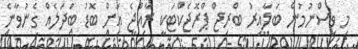
މި ވިސްނުމުން ބަލާއިރު ބްރިޖް ޕްރޮޖެކްޓަކީ ރާއްޖެ އަށް ބޮޑު ބަދަލެއް ގެނުވާނެ